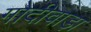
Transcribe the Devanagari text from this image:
गोदीवाड़ा